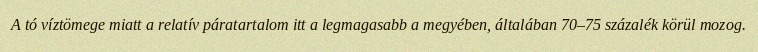
A tó víztömege miatt a relatív páratartalom itt a legmagasabb a megyében, általában 70–75 százalék körül mozog.